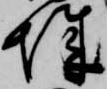
城